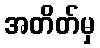
အတိတ်မှ